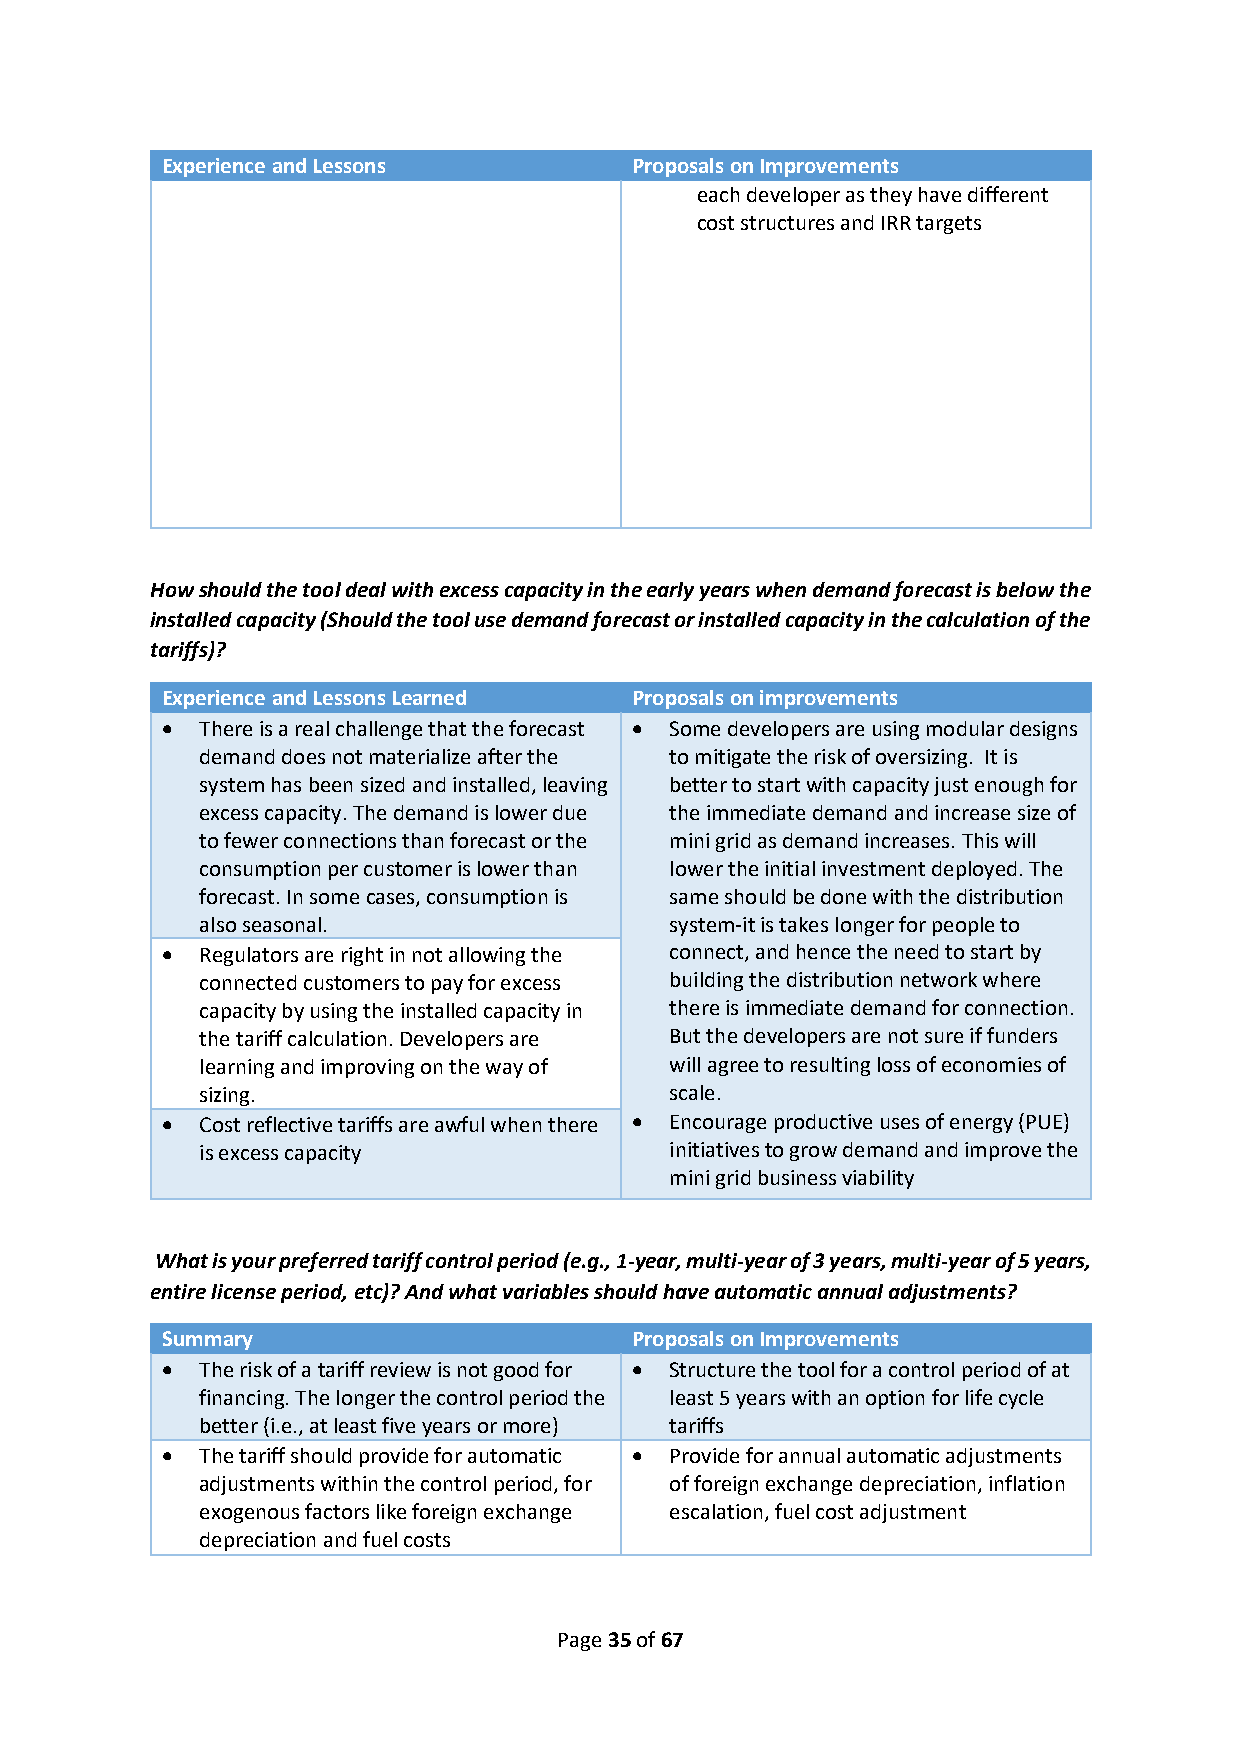
Experience and Lessons         Proposals on Improvements
 each developer as they have different
 cost structures and IRR targets
 How should the tool deal with excess capacity in the early years when demand forecast is below the
 installed capacity (Should the tool use demand forecast or installed capacity in the calculation of the
 tariffs)?
 Experience and Lessons Learned Proposals on improvements
 • There is a real challenge that the forecast • Some developers are using modular designs
 demand does not materialize after the to mitigate the risk of oversizing. It is
 system has been sized and installed, leaving better to start with capacity just enough for
 excess capacity. The demand is lower due the immediate demand and increase size of
 to fewer connections than forecast or the mini grid as demand increases. This will
 consumption per customer is lower than lower the initial investment deployed. The
 forecast. In some cases, consumption is same should be done with the distribution
 also seasonal.                 system-it is takes longer for people to
 • Regulators are right in not allowing the connect, and hence the need to start by
 connected customers to pay for excess building the distribution network where
 capacity by using the installed capacity in there is immediate demand for connection.
 the tariff calculation. Developers are But the developers are not sure if funders
 learning and improving on the way of will agree to resulting loss of economies of
 sizing.                        scale.
 • Cost reflective tariffs are awful when there • Encourage productive uses of energy (PUE)
 is excess capacity             initiatives to grow demand and improve the
 mini grid business viability
 What is your preferred tariff control period (e.g., 1-year, multi-year of 3 years, multi-year of 5 years,
 entire license period, etc)? And what variables should have automatic annual adjustments?
 Summary                        Proposals on Improvements
 • The risk of a tariff review is not good for • Structure the tool for a control period of at
 financing. The longer the control period the least 5 years with an option for life cycle
 better (i.e., at least five years or more) tariffs
 • The tariff should provide for automatic • Provide for annual automatic adjustments
 adjustments within the control period, for of foreign exchange depreciation, inflation
 exogenous factors like foreign exchange escalation, fuel cost adjustment
 depreciation and fuel costs
 Page 35 of 67